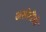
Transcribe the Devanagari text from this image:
असोलैंडो